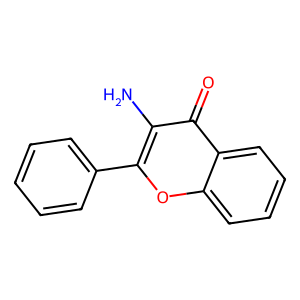
SMILES: Nc1c(-c2ccccc2)oc2ccccc2c1=O
Inhibits HIV replication: No